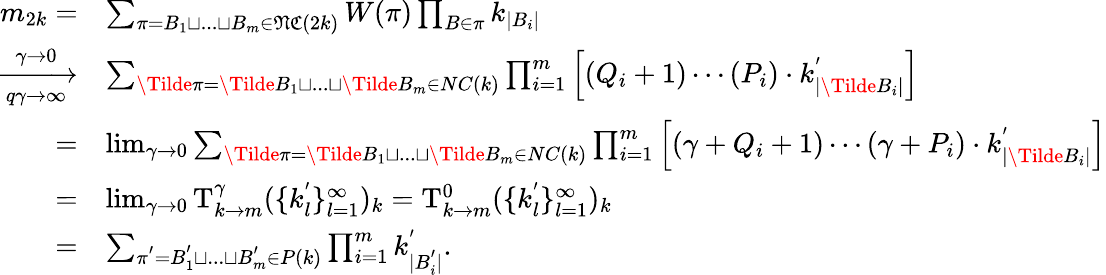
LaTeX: \begin{array}{rl}{m_{2k}=}&{\sum_{\pi=B_{1}\sqcup...\sqcup B_{m}\in\mathfrak{NC}(2k)}W(\pi)\prod_{B\in\pi}k_{|B_{i}|}}\\ {\xrightarrow[q\gamma\rightarrow\infty]{\gamma\rightarrow 0}}&{\sum_{\Tilde{\pi}=\Tilde{B}_{1}\sqcup...\sqcup\Tilde{B}_{m}\in NC(k)}\prod_{i=1}^{m}\Big[(Q_{i}+1)\cdots(P_{i})\cdot k_{|\Tilde{B}_{i}|}^{'}\Big]}\\ {=}&{\operatorname*{lim}_{\gamma\rightarrow 0}\sum_{\Tilde{\pi}=\Tilde{B}_{1}\sqcup...\sqcup\Tilde{B}_{m}\in NC(k)}\prod_{i=1}^{m}\Big[(\gamma+Q_{i}+1)\cdots(\gamma+P_{i})\cdot k_{|\Tilde{B}_{i}|}^{'}\Big]}\\ {=}&{\operatorname*{lim}_{\gamma\rightarrow 0}\mathrm{T}_{k\rightarrow m}^{\gamma}(\{ k_{l}^{'}\} _{l=1}^{\infty})_{k}=\mathrm{T}_{k\rightarrow m}^{0}(\{ k_{l}^{'}\} _{l=1}^{\infty})_{k}}\\ {=}&{\sum_{\pi^{'}=B_{1}^{'}\sqcup...\sqcup B_{m}^{'}\in P(k)}\prod_{i=1}^{m}k_{|B_{i}^{'}|}^{'}.}\end{array}